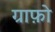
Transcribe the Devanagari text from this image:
ग्राफ़ो